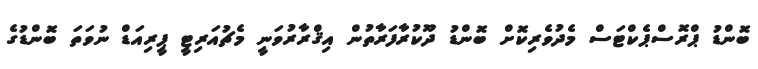
ބޮންޑު ޕްރޮސްޕެކްޓަސް މެދުވެރިކޮށް ބޮންޑު ދޫކުރާފަރާތުން އިޤްރާރުވަނީ މެޗުއަރިޓީ ޕީރިއަޑް ނުވަތަ ބޮންޑުގެ